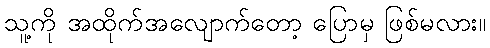
သူ့ကို အထိုက်အလျောက်တော့ ပြောမှ ဖြစ်မလား။